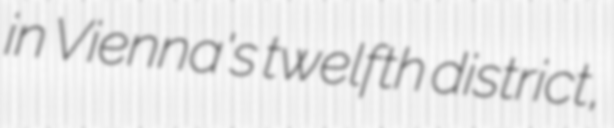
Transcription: in Vienna's twelfth district,